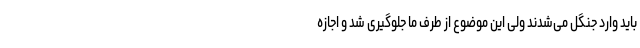
باید وارد جنگل می‌شدند ولی این موضوع از طرف ما جلوگیری شد و اجازه